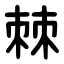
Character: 棘